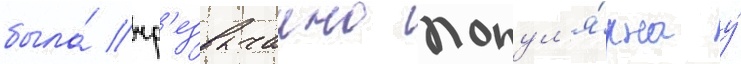
была́ чр'езвычаино попул'я́рна у́